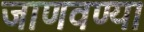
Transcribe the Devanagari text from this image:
जाणवण्या